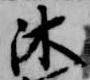
沐